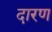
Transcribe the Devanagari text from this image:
दारण